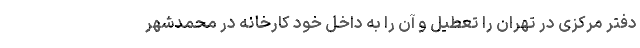
دفتر مرکزی در تهران را تعطیل و آن را به داخل خود کارخانه در محمدشهر